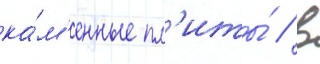
ка́м'енные пл'иты́ / в